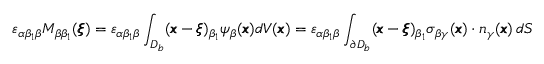
\varepsilon _ { \alpha \beta _ { 1 } \beta } M _ { \beta \beta _ { 1 } } ( { \pmb \xi } ) = \varepsilon _ { \alpha \beta _ { 1 } \beta } \int _ { { D _ { b } } } ( { \pmb x } - { \pmb \xi } ) _ { \beta _ { 1 } } \psi _ { \beta } ( { \pmb x } ) d V ( { \pmb x } ) = \varepsilon _ { \alpha \beta _ { 1 } \beta } \int _ { \partial D _ { b } } ( { \pmb x } - { \pmb \xi } ) _ { \beta _ { 1 } } { \sigma } _ { \beta \gamma } ( { \pmb x } ) \cdot { n } _ { \gamma } ( { \pmb x } ) \, d S